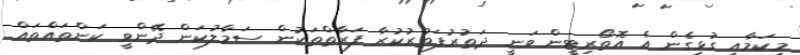
މިކަމާއި ގުޅިގެން އެ އޮތޯރިޓީން ވަނީ ދަތުރުފަތުރުކުރާ ފަރާތްތަކުން ސަމާލުކަން ދޭންވީ ކަންތައްތައް